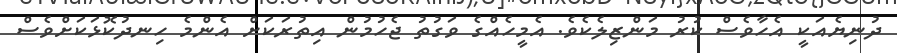
ދުނިޔެއަކީ އެހާވެސް ކުރު މަންޒިލެކެވެ. އެމީހެއްގެ ވަގުތު ޖެހުމުން އިތުރަކަށް އެންމެ ހިނދުކޮޅަކަށްވެސް